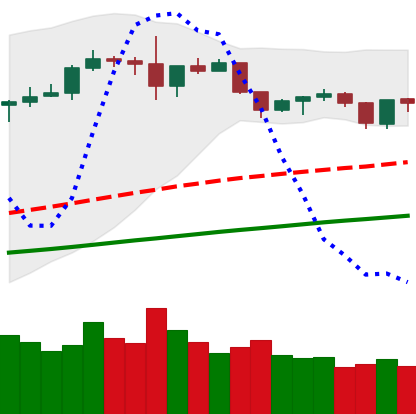
Ticker: ETH-USD
Chart end date: 2019-06-11
Forward return: 9.538%
Label: up_7plus